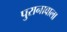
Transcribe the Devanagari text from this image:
पुरानावाला